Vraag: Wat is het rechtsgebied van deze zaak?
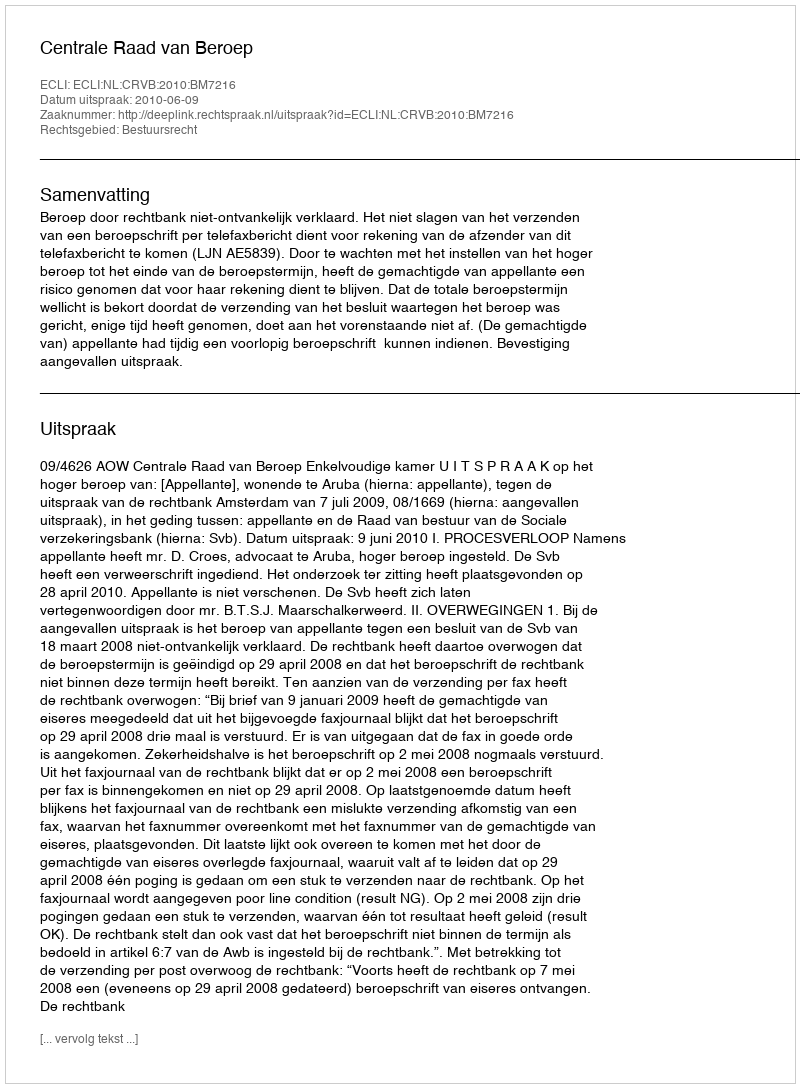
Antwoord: Bestuursrecht